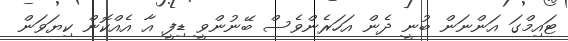
ޓައިމްގަ އަންނަން ބުނީ ދެން އަހަރެންވެސް ބޭނުންވީ ޑިފީ އާ އެއްކޮން ކިޔަވަން